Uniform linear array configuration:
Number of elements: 64
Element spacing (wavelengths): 1
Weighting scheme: kaiser
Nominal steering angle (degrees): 0
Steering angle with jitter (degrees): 0.6387
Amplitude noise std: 0.05
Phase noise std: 0.05

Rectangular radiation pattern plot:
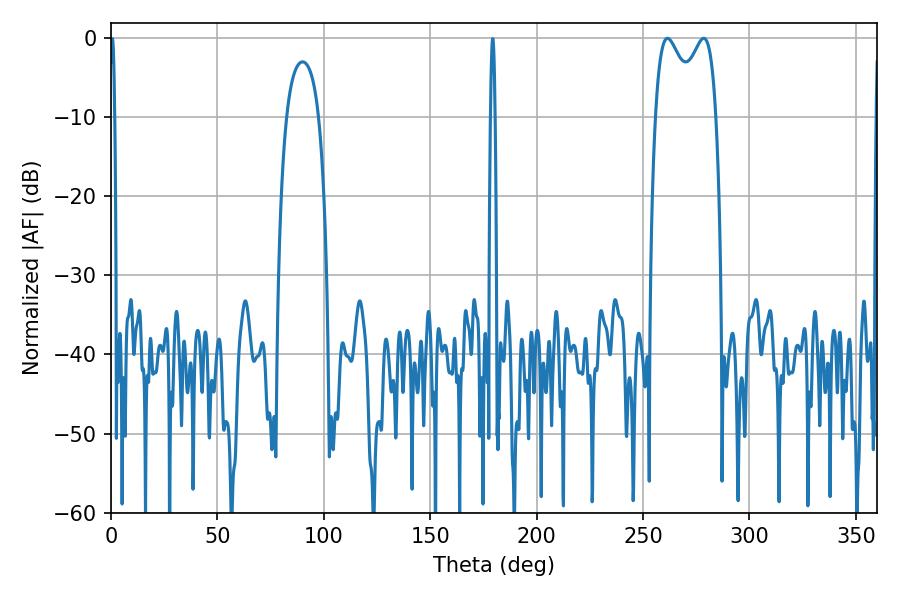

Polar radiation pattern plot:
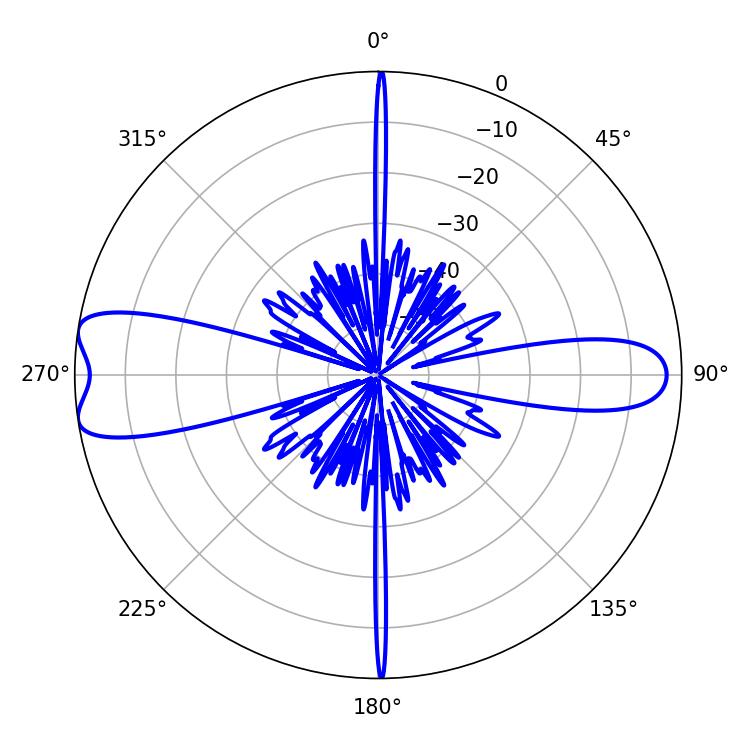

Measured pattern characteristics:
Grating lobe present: TRUE
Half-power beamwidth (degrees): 24.12
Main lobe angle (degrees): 261.54